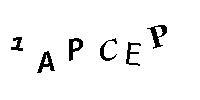
1APCEP